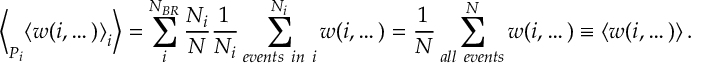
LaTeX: \Bigl < _ { P _ { i } } \left< w ( i , \dots ) \right> _ { i } \Bigr > = \sum _ { i } ^ { N _ { B R } } \frac { N _ { i } } { N } \frac { 1 } { N _ { i } } \sum _ { e v e n t s ~ i n ~ i } ^ { N _ { i } } w ( i , \dots ) = \frac { 1 } { N } \sum _ { a l l ~ e v e n t s } ^ { N } w ( i , \dots ) \equiv \left< w ( i , \dots ) \right> .